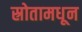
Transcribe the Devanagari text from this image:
स्रोतामधून